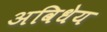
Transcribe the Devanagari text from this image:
अविधेय